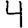
Digit: 4